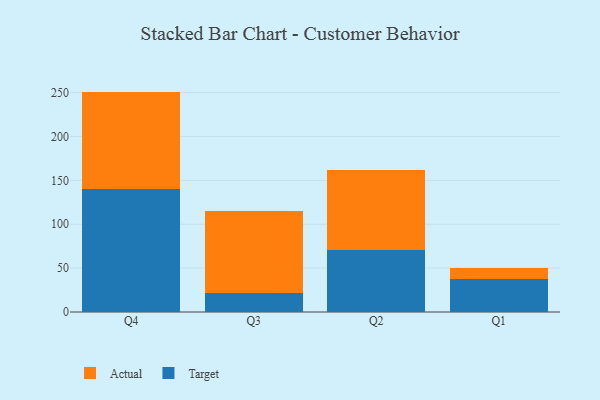
{"axis": {"x": "Quarter", "y": "Gross Profit (USD K)"}, "legend": ["Actual", "Target"], "data": [{"x": "Q4", "y": 139.9, "type": "Target"}, {"x": "Q4", "y": 111.3, "type": "Actual"}, {"x": "Q3", "y": 21.9, "type": "Target"}, {"x": "Q3", "y": 93.0, "type": "Actual"}, {"x": "Q2", "y": 70.9, "type": "Target"}, {"x": "Q2", "y": 90.8, "type": "Actual"}, {"x": "Q1", "y": 37.9, "type": "Target"}, {"x": "Q1", "y": 12.4, "type": "Actual"}]}